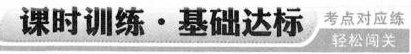
课时训练·基础达标 考点对应统 轻松闯关